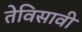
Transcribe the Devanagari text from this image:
तेविसावी